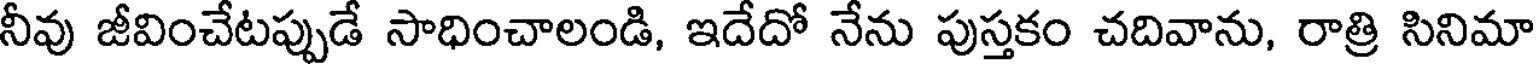
నీవు జీవించేటప్పుడే సాధించాలండి, ఇదేదో నేను పుస్తకం చదివాను, రాత్రి సినిమా